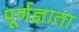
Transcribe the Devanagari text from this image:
पूर्णज्ञाता